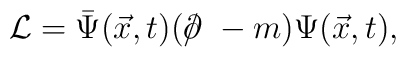
{\cal L}=\bar\Psi(\vec x,t)(\partial \hspace{-0.25cm}/  \hspace{0.17cm}  - m)\Psi(\vec x,t),